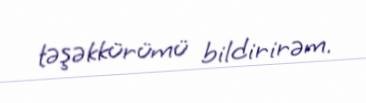
təşəkkürümü bildirirəm.